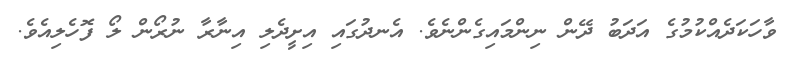
ވާހަކަދެއްކުމުގެ އަދަބު ދޭން ނިންމައިގެންނެވެ. އެނދުގައި އިށީދެލި އިނާރާ ނުރޯން ލޯ ފޮހެލިއެވެ.